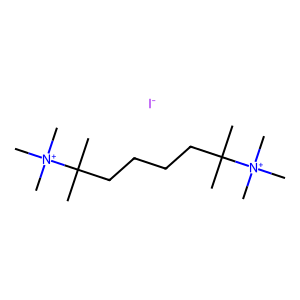
SMILES: CC(C)(CCCCC(C)(C)[N+](C)(C)C)[N+](C)(C)C.[I-]
Inhibits HIV replication: No